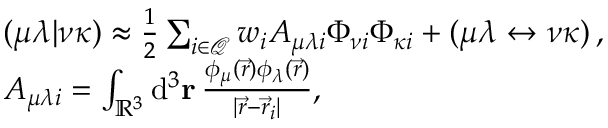
\begin{array} { r l } & { ( \mu \lambda \vert \nu \kappa ) \approx \frac { 1 } { 2 } \sum _ { i \in \mathcal { Q } } w _ { i } A _ { \mu \lambda i } \Phi _ { \nu i } \Phi _ { \kappa i } + ( \mu \lambda \leftrightarrow \nu \kappa ) \, , } \\ & { A _ { \mu \lambda i } = \int _ { \mathbb { R } ^ { 3 } } \mathrm { d } ^ { 3 } \ensuremath \mathbf { r } \, \frac { \phi _ { \mu } ( \vec { r } ) \phi _ { \lambda } ( \vec { r } ) } { \vert \vec { r } - \vec { r } _ { i } \vert } , } \end{array}